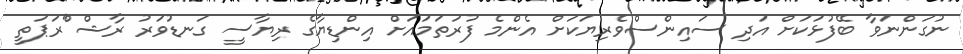
ނުގަންނަވާ ބޭފުޅަކަށް އަދި ސައިންސްވެރިޔަކަށް އެންމެ ފުރަތަމައަށް އިންޑިޔާގެ ރިޔާސީ ގަނޑުވަރު ރާޝް^ްރަޕަތީ